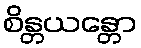
စိန္တယန္တော